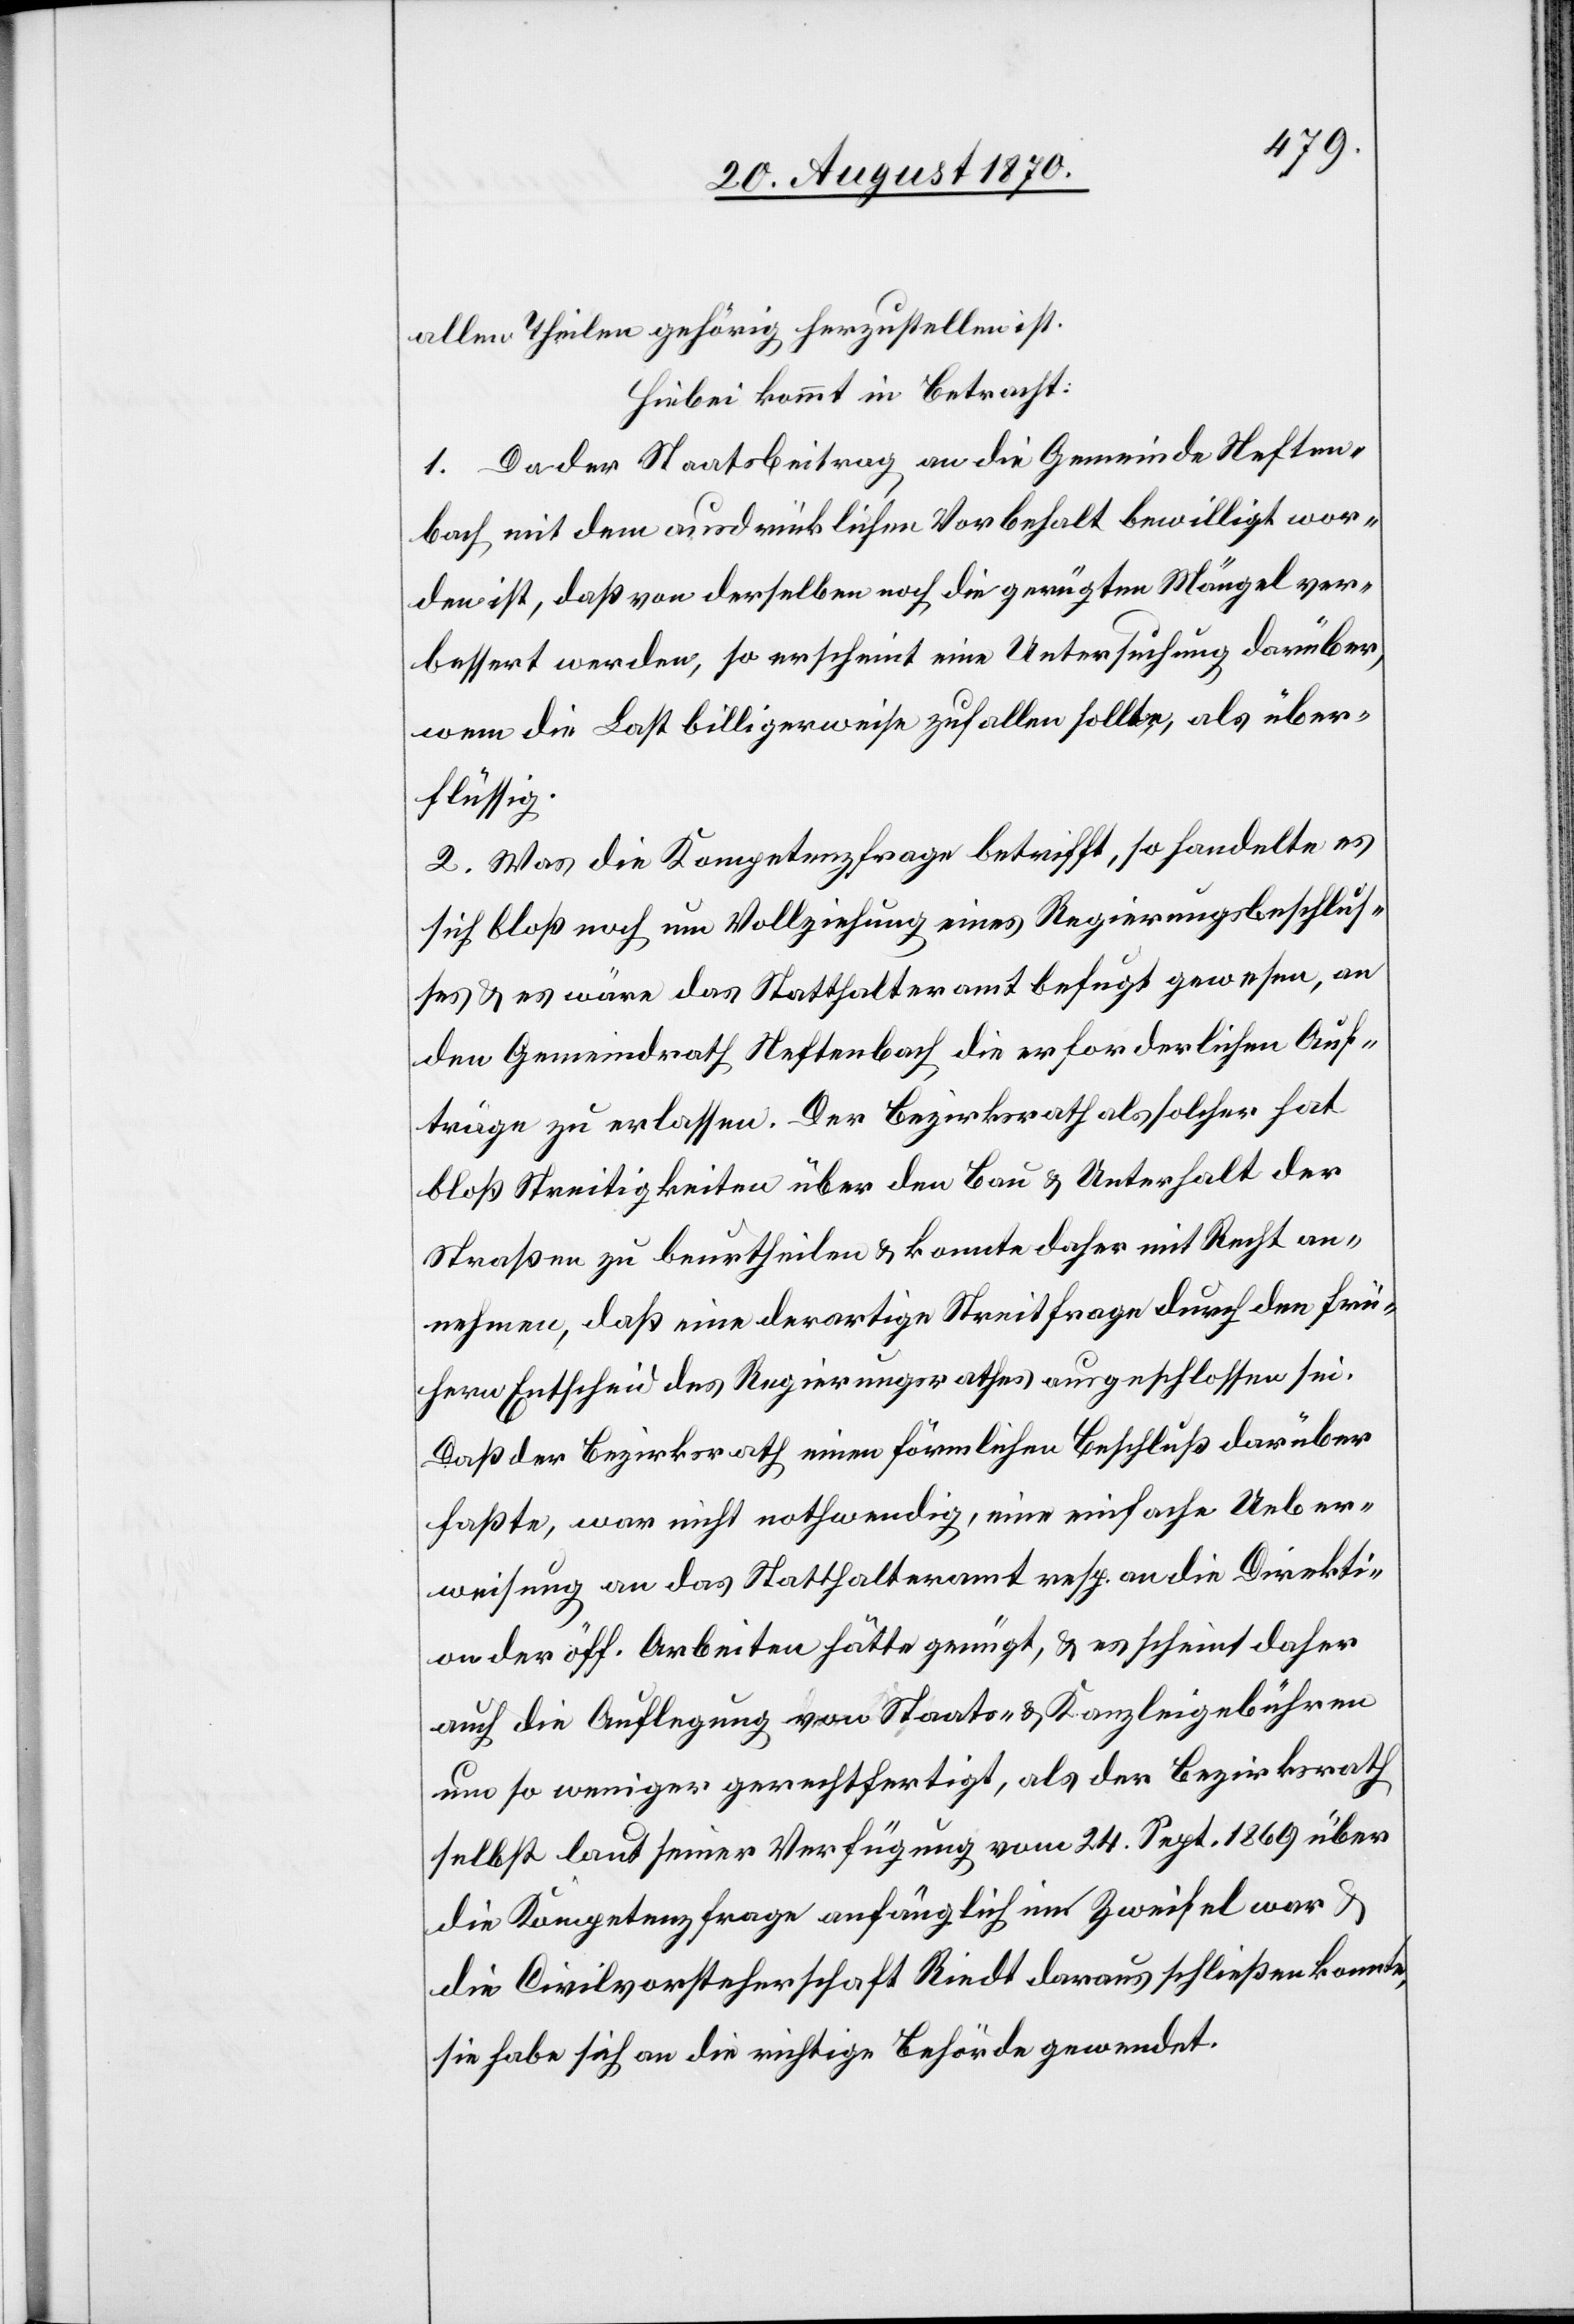
allen Theilen gehörig herzustellen ist.
Hiebei kommt in Betracht:
1. Da der Staatsbeitrag an die Gemeinde Neften¬
bach mit dem ausdrücklichen Vorbehalt bewilligt wor¬
den ist, daß von derselben noch die gerügten Mängel ver¬
bessert werden, so erscheint eine Untersuchung darüber,
wem die Last billigerweise zufallen sollte, als über¬
flüssig.
2. Was die Kompetenzfrage betrifft, so handelte es
sich bloß noch um Vollziehung eines Regierungsbeschlus¬
ses & es wäre das Statthalteramt befugt gewesen, an
den Gemeindrath Neftenbach die erforderlichen Auf¬
träge zu erlassen. Der Bezirksrath als solcher hat
bloß Streitigkeiten über den Bau & Unterhalt der
Straßen zu beurtheilen & konnte daher mit Recht an¬
nehmen, daß eine derartige Streitfrage durch den frü¬
hern Entscheid des Regierungsrathes ausgeschlossen sei.
Daß der Bezirksrath einen förmlichen Beschluß darüber
faßte, war nicht nothwendig, eine einfache Ueber¬
weisung an das Statthalteramt resp. an die Direkti¬
on der öff. Arbeiten hätte genügt, & es erscheint daher
auch die Auflegung von Staats- & Kanzleigebühren
um so weniger gerechtfertigt, als der Bezirksrath
selbst laut seiner Verfügung vom 24. Sept. 1869 über
die Kompetenzfrage anfänglich im Zweifel war &
die Civilvorsteherschaft Riedt daraus schließen konnte,
sie habe sich an die richtige Behörde gewendet.